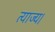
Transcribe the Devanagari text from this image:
त्याज्य।